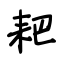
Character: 耙